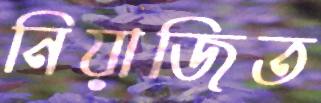
নিয়াজিত